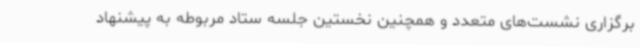
برگزاری نشست‌های متعدد و همچنین نخستین جلسه ستاد مربوطه به پیشنهاد